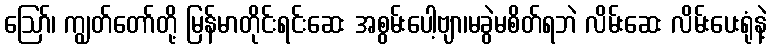
ဪ၊ ကျွတ်တော်တို့ မြန်မာတိုင်းရင်းဆေး အစွမ်းပေါ့ဗျာ၊မခွဲမစိတ်ရဘဲ လိမ်းဆေး လိမ်းပေးရုံနဲ့